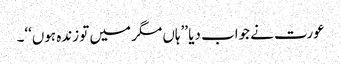
عورت نے جواب دیا ’’ہاں مگر میں تو زندہ ہوں‘‘۔